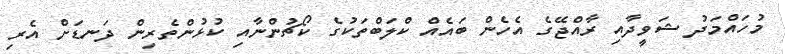
މުހައްމަދު ޝަވީދާއި ރާއްޖޭގެ އެހެން ބައެއް ކްލަބްތަކުގެ ކޯޗުންނާއި ކުޅުންތެރިން ދަނޑަށް އެރި